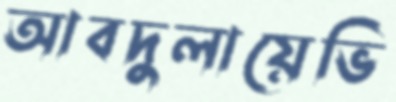
আবদুলায়েভি